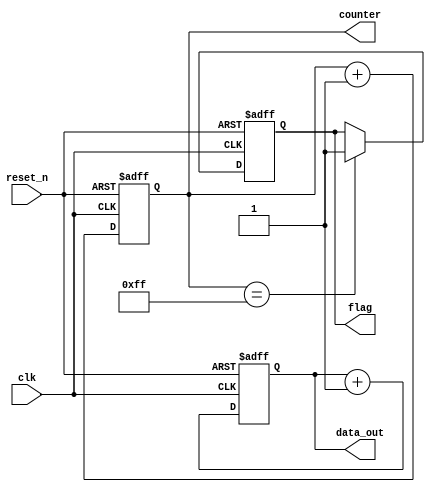
module default_state_initialization (
    input wire clk,            // Clock signal
    input wire reset_n,       // Active low reset signal
    output reg [7:0] counter, // Example counter
    output reg flag,          // Example flag signal
    output reg [15:0] data_out // Example output data
);

// Initial state assignment
initial begin
    counter = 8'b0;         // Initialize counter to 0
    flag = 1'b0;            // Initialize flag to low (inactive)
    data_out = 16'b0;       // Initialize output data to 0
end

// Synchronous reset logic
always @(posedge clk or negedge reset_n) begin
    if (!reset_n) begin
        // Reset condition: set states to default values
        counter <= 8'b0;          // Reset counter to 0
        flag <= 1'b0;             // Reset flag to inactive state
        data_out <= 16'b0;        // Reset output data to 0
    end else begin
        // Normal operation (example logic can be added here)
        counter <= counter + 1;   // Increment counter on each clock
        flag <= (counter == 8'd255) ? 1'b1 : flag; // Example condition to set flag
        data_out <= data_out + 16'd1; // Increment output data
    end
end

endmodule